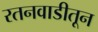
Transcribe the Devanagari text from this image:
रतनवाडीतून